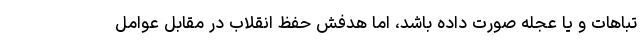
تباهات و یا عجله صورت داده باشد، اما هدفش حفظ انقلاب در مقابل عوامل